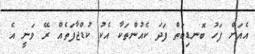
އެއަށް ފަހު ބޮނޑިބަތް ފަދަ ކެއުންތަކާ އެކު ކުޑްޖާފަތެއް ރޭ ވަނީ އެ